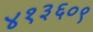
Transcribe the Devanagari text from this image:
४१३६०९